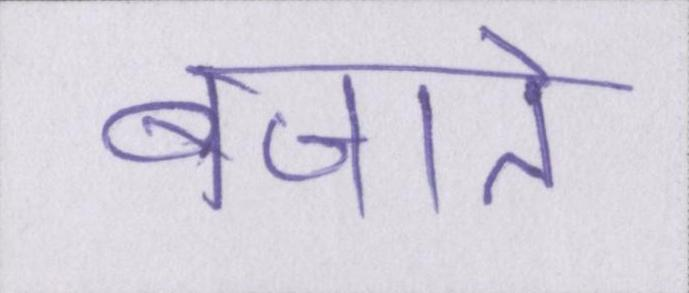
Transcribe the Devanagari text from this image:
बजाते